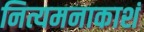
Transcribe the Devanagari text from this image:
नित्यमनाकाशं